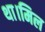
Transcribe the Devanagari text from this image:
था।मिल